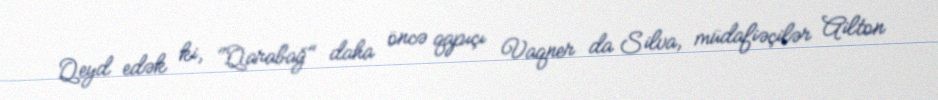
Qeyd edək ki, "Qarabağ" daha öncə qapıçı Vaqner da Silva, müdafiəçilər Ailton